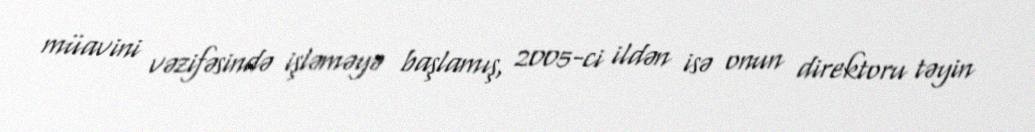
müavini vəzifəsində işləməyə başlamış, 2005-ci ildən isə onun direktoru təyin